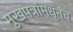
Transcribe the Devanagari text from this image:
मुखपत्रांमधूनच